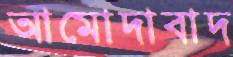
আমোদাবাদ